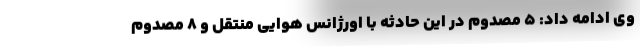
وی ادامه داد: ۵ مصدوم در این حادثه با اورژانس هوایی منتقل و ۸ مصدوم